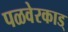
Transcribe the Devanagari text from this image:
पळवेरकाड्